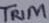
Text: TRIM